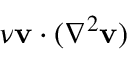
\nu \mathbf { v } \cdot ( \nabla ^ { 2 } \mathbf { v } )